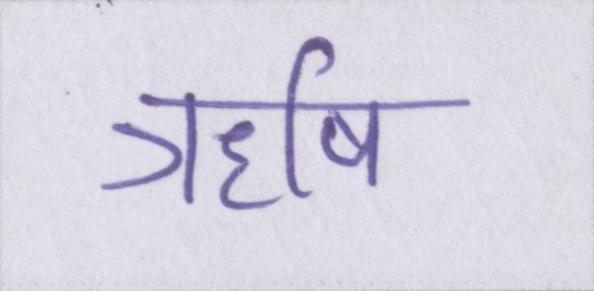
ॠषि